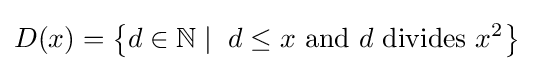
D(x)=\left\{d\in \mathbb {N} \mid \ d\leq x{\text{ and }}d{\text{ divides }}x^{2}\right\}